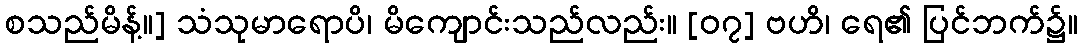
စသည်မိန့်။] သံသုမာရောပိ၊ မိကျောင်းသည်လည်း။ [၀၇] ဗဟိ၊ ရေ၏ ပြင်ဘက်၌။